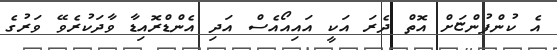
އެ ކުންފުންޏަށް އޮތް ދެރަ އަކީ އައިއޯއެސް އަދި އެންޑްރޮއިޑާ ވާދަކުރެވޭ ވަރުގެ